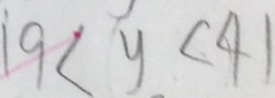
1 9 < y < 4 1